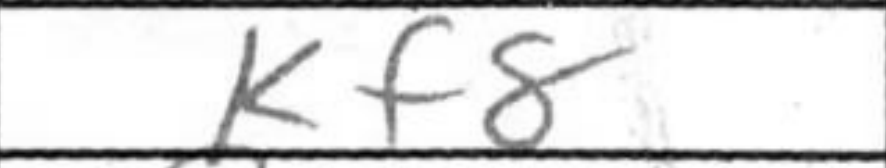
Transcription: Kf8